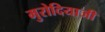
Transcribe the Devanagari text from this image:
मुरोदियाजी